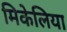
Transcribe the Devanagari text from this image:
मिकेलिया